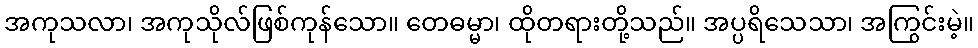
အကုသလာ၊ အကုသိုလ်ဖြစ်ကုန်သော။ တေဓမ္မာ၊ ထိုတရားတို့သည်။ အပ္ပရိသေသာ၊ အကြွင်းမဲ့။